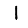
Digit: 1